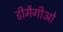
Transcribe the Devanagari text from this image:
डीमैगीओ